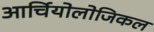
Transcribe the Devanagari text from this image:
आर्चियोलोजिकल